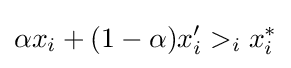
\alpha x_{i}+(1-\alpha )x'_{i}>_{i}x_{i}^{*}